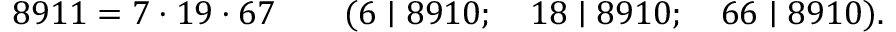
8 9 1 1 = 7 \cdot 1 9 \cdot 6 7 \qquad ( 6 \mid 8 9 1 0 ; \quad 1 8 \mid 8 9 1 0 ; \quad 6 6 \mid 8 9 1 0 ) .